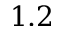
1 . 2